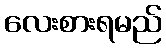
လေးစားရမည်